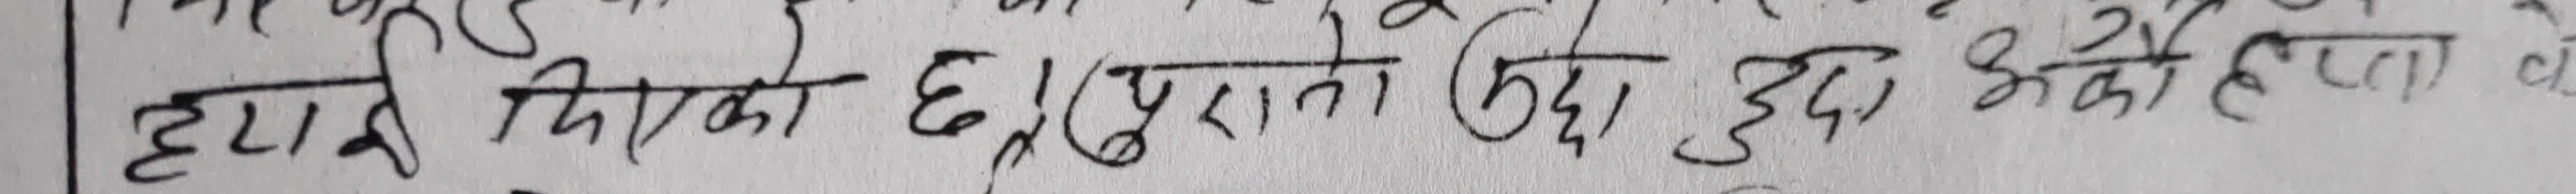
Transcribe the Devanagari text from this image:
हामी मिलाएको छ (पुरानो छिदा छुदा भको होइन)